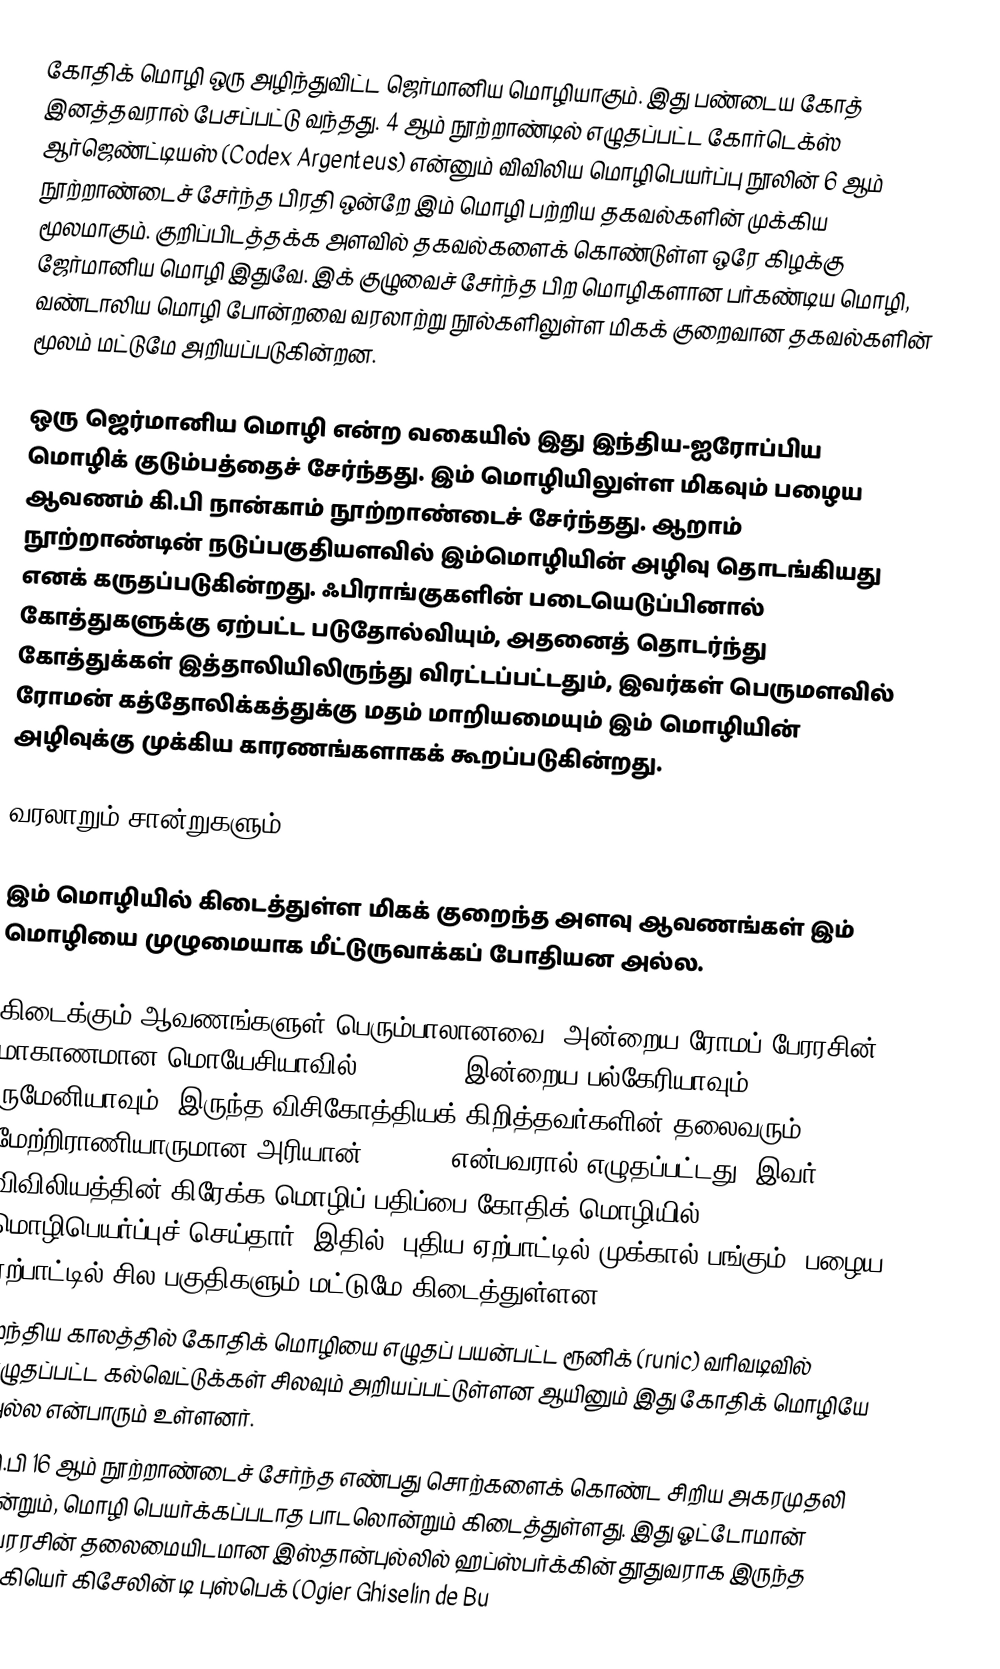
கோதிக் மொழி ஒரு அழிந்துவிட்ட ஜெர்மானிய மொழியாகும். இது பண்டைய கோத் இனத்தவரால் பேசப்பட்டு வந்தது. 4 ஆம் நூற்றாண்டில் எழுதப்பட்ட கோர்டெக்ஸ் ஆர்ஜெண்ட்டியஸ் (Codex Argenteus) என்னும் விவிலிய மொழிபெயர்ப்பு நூலின் 6 ஆம் நூற்றாண்டைச் சேர்ந்த பிரதி ஒன்றே இம் மொழி பற்றிய தகவல்களின் முக்கிய மூலமாகும். குறிப்பிடத்தக்க அளவில் தகவல்களைக் கொண்டுள்ள ஒரே கிழக்கு ஜேர்மானிய மொழி இதுவே. இக் குழுவைச் சேர்ந்த பிற மொழிகளான பர்கண்டிய மொழி, வண்டாலிய மொழி போன்றவை வரலாற்று நூல்களிலுள்ள மிகக் குறைவான தகவல்களின் மூலம் மட்டுமே அறியப்படுகின்றன.

ஒரு ஜெர்மானிய மொழி என்ற வகையில் இது இந்திய-ஐரோப்பிய மொழிக் குடும்பத்தைச் சேர்ந்தது. இம் மொழியிலுள்ள மிகவும் பழைய ஆவணம் கி.பி நான்காம் நூற்றாண்டைச் சேர்ந்தது. ஆறாம் நூற்றாண்டின் நடுப்பகுதியளவில் இம்மொழியின் அழிவு தொடங்கியது எனக் கருதப்படுகின்றது. ஃபிராங்குகளின் படையெடுப்பினால் கோத்துகளுக்கு ஏற்பட்ட படுதோல்வியும், அதனைத் தொடர்ந்து கோத்துக்கள் இத்தாலியிலிருந்து விரட்டப்பட்டதும், இவர்கள் பெருமளவில் ரோமன் கத்தோலிக்கத்துக்கு மதம் மாறியமையும் இம் மொழியின் அழிவுக்கு முக்கிய காரணங்களாகக் கூறப்படுகின்றது.

வரலாறும் சான்றுகளும்

இம் மொழியில் கிடைத்துள்ள மிகக் குறைந்த அளவு ஆவணங்கள் இம் மொழியை முழுமையாக மீட்டுருவாக்கப் போதியன அல்ல.

 கிடைக்கும் ஆவணங்களுள் பெரும்பாலானவை, அன்றைய ரோமப் பேரரசின் மாகாணமான மொயேசியாவில் (Moesia) (இன்றைய பல்கேரியாவும், ருமேனியாவும்) இருந்த விசிகோத்தியக் கிறித்தவர்களின் தலைவரும் மேற்றிராணியாருமான அரியான் (Arian) என்பவரால் எழுதப்பட்டது. இவர் விவிலியத்தின் கிரேக்க மொழிப் பதிப்பை கோதிக் மொழியில் மொழிபெயர்ப்புச் செய்தார். இதில், புதிய ஏற்பாட்டில் முக்கால் பங்கும், பழைய ஏற்பாட்டில் சில பகுதிகளும் மட்டுமே கிடைத்துள்ளன.
 முந்திய காலத்தில் கோதிக் மொழியை எழுதப் பயன்பட்ட ரூனிக் (runic) வரிவடிவில் எழுதப்பட்ட கல்வெட்டுக்கள் சிலவும் அறியப்பட்டுள்ளன ஆயினும் இது கோதிக் மொழியே அல்ல என்பாரும் உள்ளனர்.
 கி.பி 16 ஆம் நூற்றாண்டைச் சேர்ந்த எண்பது சொற்களைக் கொண்ட சிறிய அகரமுதலி ஒன்றும், மொழி பெயர்க்கப்படாத பாடலொன்றும் கிடைத்துள்ளது. இது ஓட்டோமான் பேரரசின் தலைமையிடமான இஸ்தான்புல்லில் ஹப்ஸ்பர்க்கின் தூதுவராக இருந்த ஆகியெர் கிசேலின் டி புஸ்பெக் (Ogier Ghiselin de Bu